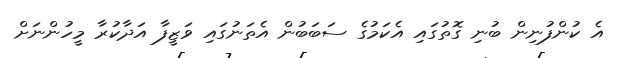
އެ ކުންފުނިން ބުނި ގޮތުގައި އެކަމުގެ ސަބަބުން އެތަނުގައި ވަޒީފާ އަދާކުރާ މީހުންނަށް